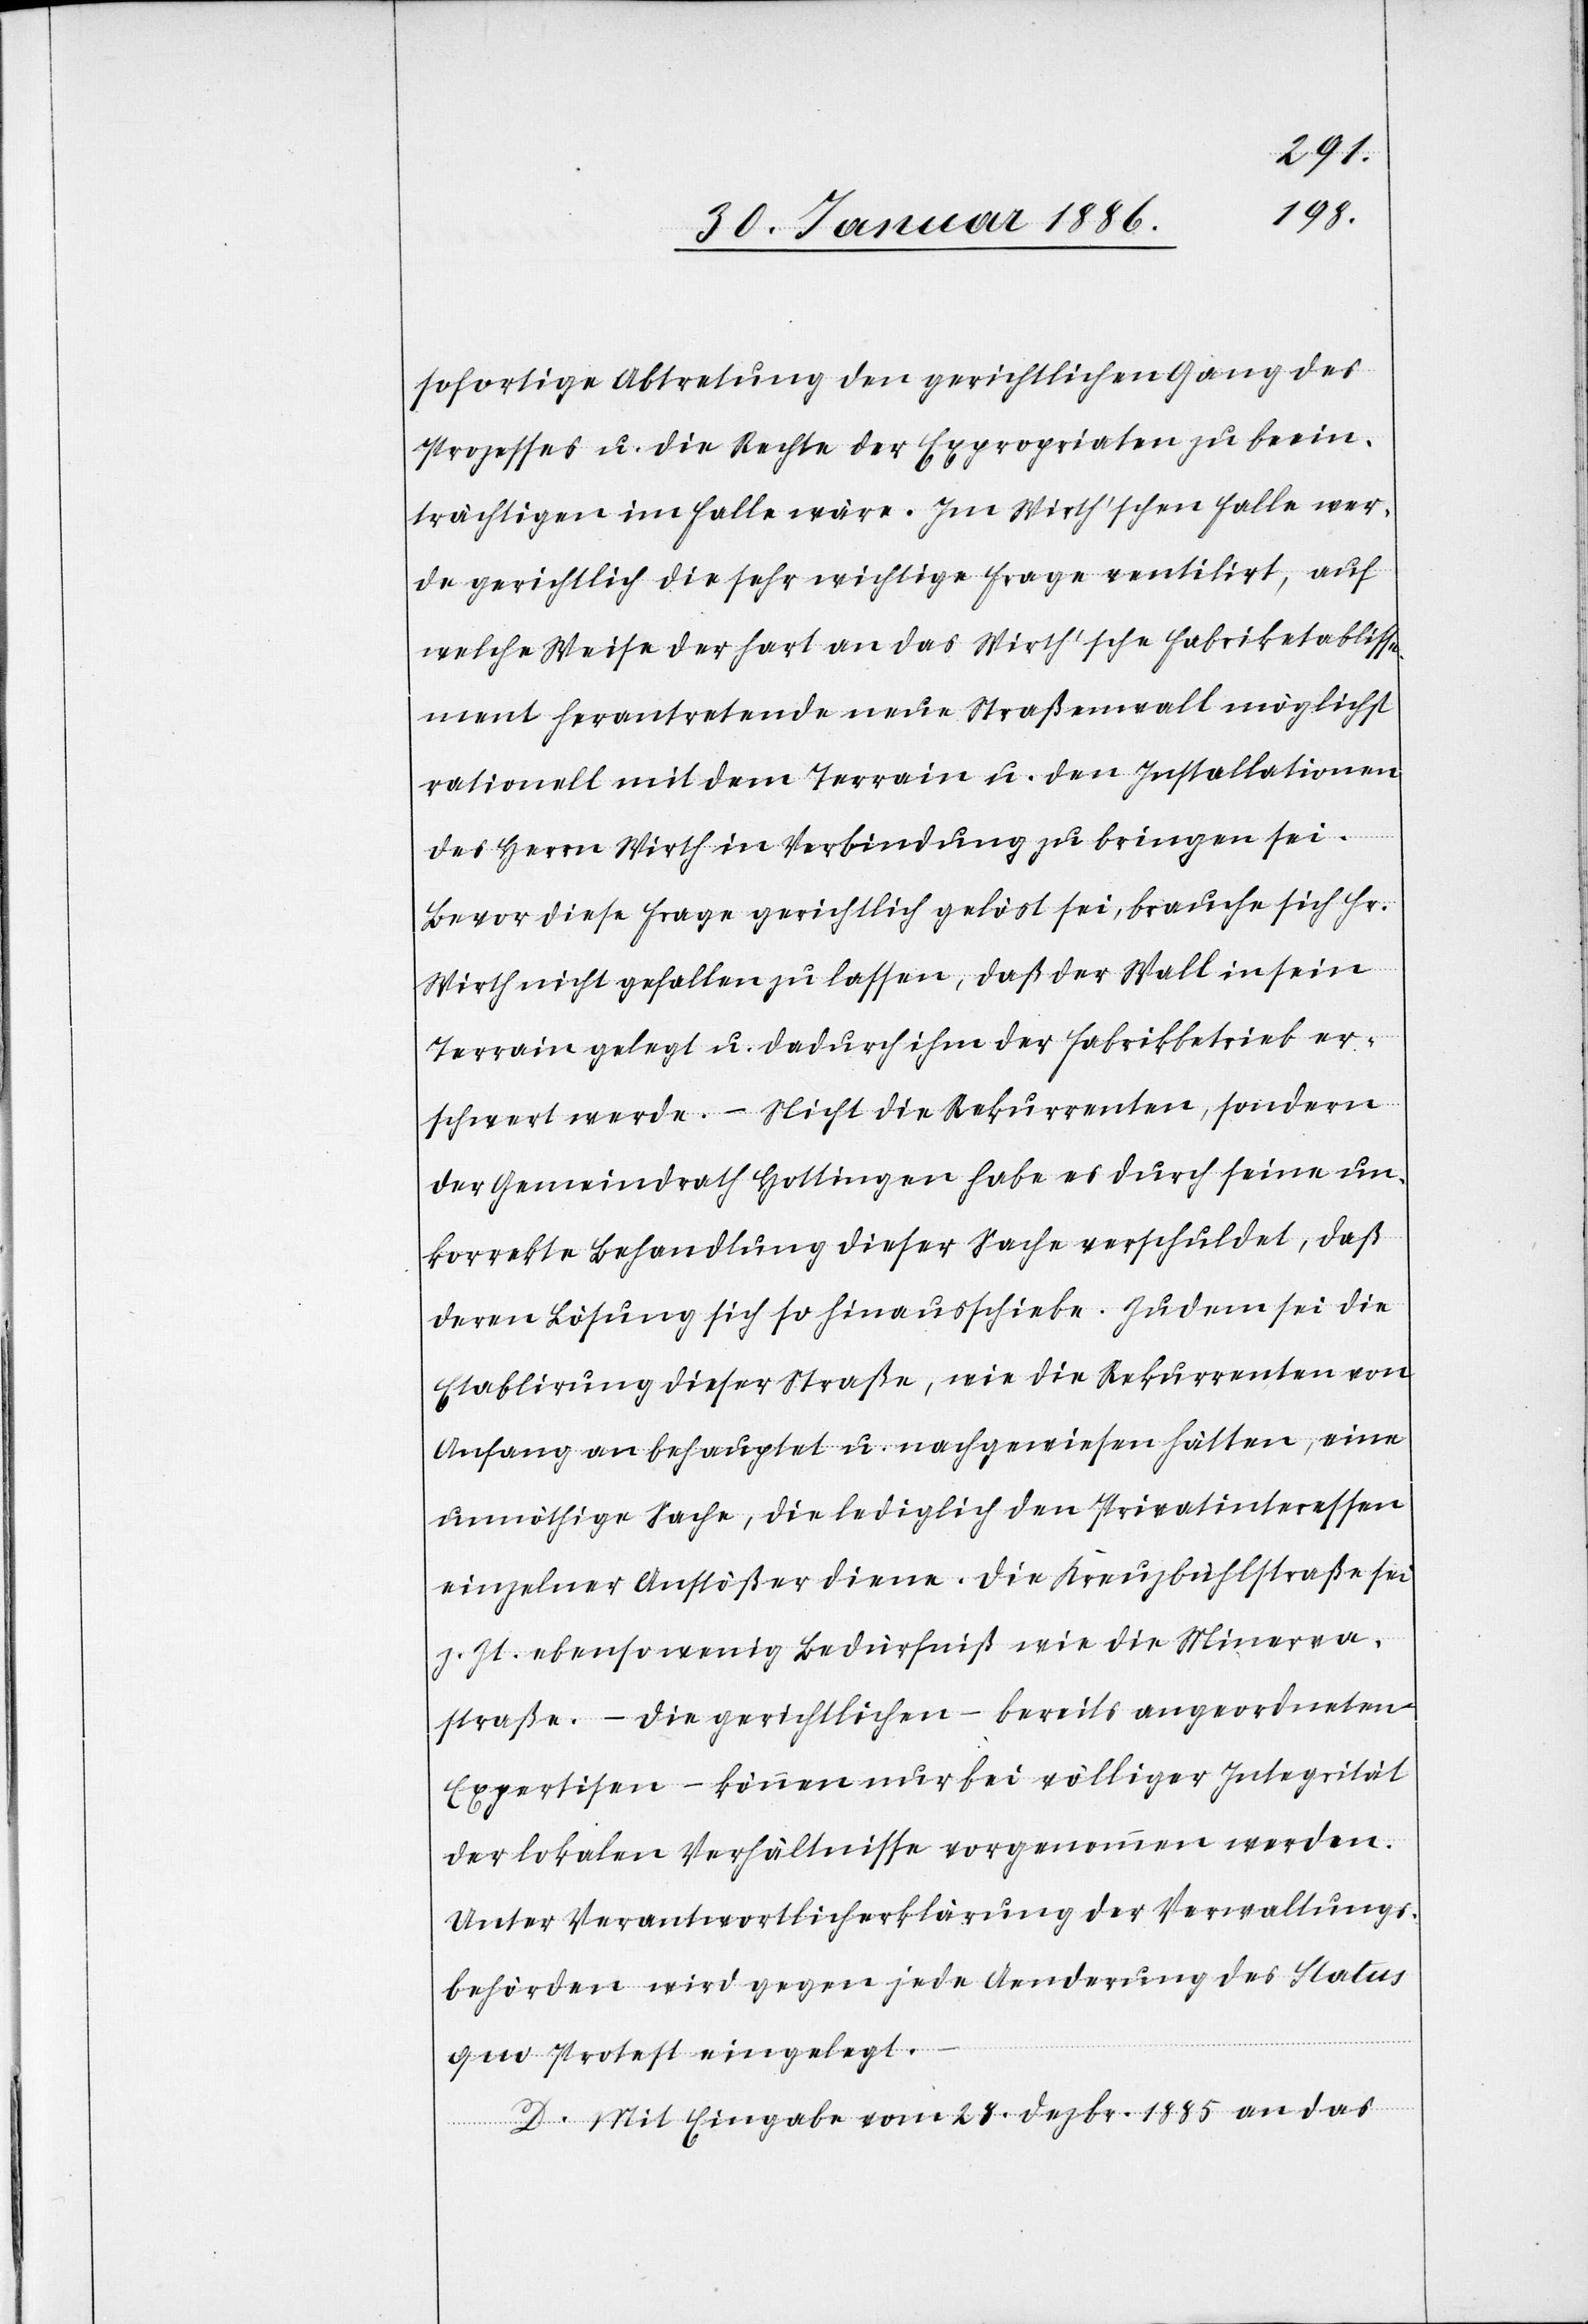
sofortige Abtretung den gerichtlichen Gang des
Prozesses u. die Rechte der Expropriaten zu beein¬
trächtigen im Falle wäre. Im Wirth’schen Falle wer¬
de gerichtlich die sehr wichtige Frage ventilirt, auf
welche Weise der hart an das Wirth’sche Fabriketablisse¬
ment herantretende neue Straßenwall möglichst
rationell mit dem Terrain u. den Installationen
des Herrn Wirth in Verbindung zu bringen sei.
Bevor diese Frage gerichtlich gelöst sei, brauche sich Hr.
Wirth nicht gefallen zu lassen, daß der Wall in sein
Terrain gelegt u. dadurch ihm der Fabrikbetrieb er¬
schwert werde. – Nicht die Rekurrenten, sondern
der Gemeindrath Hottingen habe es durch seine un¬
korrekte Behandlung dieser Sache verschuldet, daß
deren Lösung sich so hinausschiebe. Zudem sei die
Etablierung dieser Straße, wie die Rekurrenten von
Anfang an behauptet u. nachgewiesen hätten, eine
unnöthige Sache, die lediglich den Privatinteressen
einzelner Anstößer diene. Die Kreuzbühlstraße sei
z. Zt. ebensowenig Bedürfniß wie die Minerva¬
straße. – Die gerichtlichen – bereits angeordneten
Experisen – können nur bei völliger Integrität
der lokalen Verhältnisse vorgenommen werden.
Unter Verantwortlicherklärung der Verwaltungs¬
behörden wird gegen jede Aenderung des Status
quo Protest eingelegt.
D. Mit Eingabe vom 28. Dezbr. 1885 an das